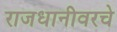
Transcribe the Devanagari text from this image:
राजधानीवरचे